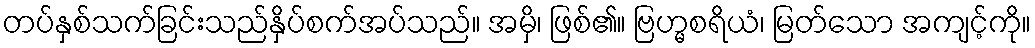
တပ်နှစ်သက်ခြင်းသည်နှိပ်စက်အပ်သည်။ အမှိ၊ ဖြစ်၏။ ဗြဟ္မစရိယံ၊ မြတ်သော အကျင့်ကို။